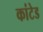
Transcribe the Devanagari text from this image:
कांटेड